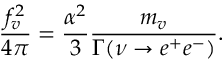
\frac { f _ { v } ^ { 2 } } { 4 \pi } = \frac { \alpha ^ { 2 } } { 3 } \frac { m _ { v } } { \Gamma ( \nu \to e ^ { + } e ^ { - } ) } .